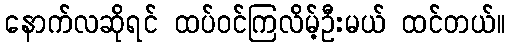
နောက်လဆိုရင် ထပ်ဝင်ကြလိမ့်ဦးမယ် ထင်တယ်။